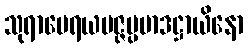
သုရာမေရယမဇ္ဇပ္ပမာဒဋ္ဌာယိနော